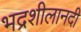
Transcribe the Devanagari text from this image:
भद्रशीलानदी